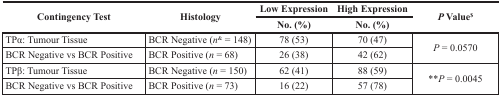
| <ROWSPAN=2> Contingency Test | <ROWSPAN=2> Histology | Low Expression | High Expression | <ROWSPAN=2> P Value$ |
 | No. (%) | No. (%) |
 | --- | --- | --- | --- | --- |
 | TPα: Tumour Tissue | BCR Negative (n& = 148) | 78 (53) | 70 (47) | <ROWSPAN=2> P = 0.0570 |
 | BCR Negative vs BCR Positive | BCR Positive (n = 68) | 26 (38) | 42 (62) |
 | TPβ: Tumour Tissue | BCR Negative (n= 150) | 62 (41) | 88 (59) | <ROWSPAN=2> **P = 0.0045 |
 | BCR Negative vs BCR Positive | BCR Positive (n = 73) | 16 (22) | 57 (78) |